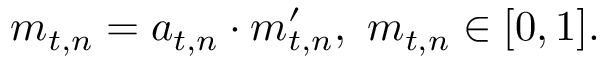
\begin{array} { r } { m _ { t , n } = a _ { t , n } \cdot m _ { t , n } ^ { \prime } , ~ m _ { t , n } \in [ 0 , 1 ] . } \end{array}